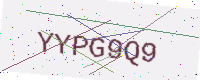
Text: YYPG9Q9